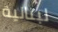
لبنانية